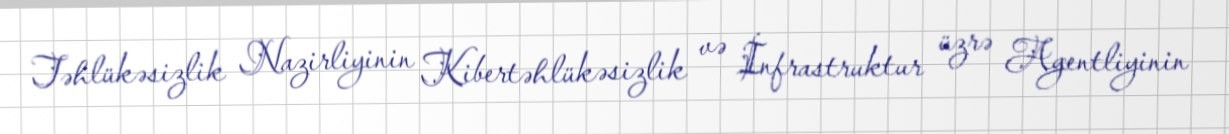
Təhlükəsizlik Nazirliyinin Kibertəhlükəsizlik və İnfrastruktur üzrə Agentliyinin